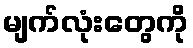
မျက်လုံးတွေကို